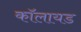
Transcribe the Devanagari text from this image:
कॉलायड